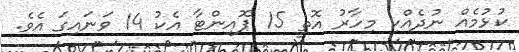
ކުޅުމެއް ނުދެއްކި މިހާރު އޮތީ 15 ޕޮއިންޓާ އެކު 14 ވަނައިގަ އެވެ.